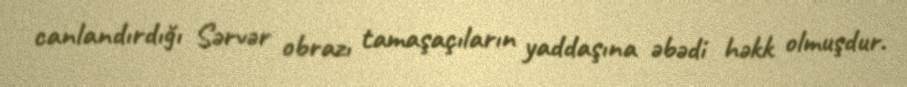
canlandırdığı Sərvər obrazı tamaşaçıların yaddaşına əbədi həkk olmuşdur.